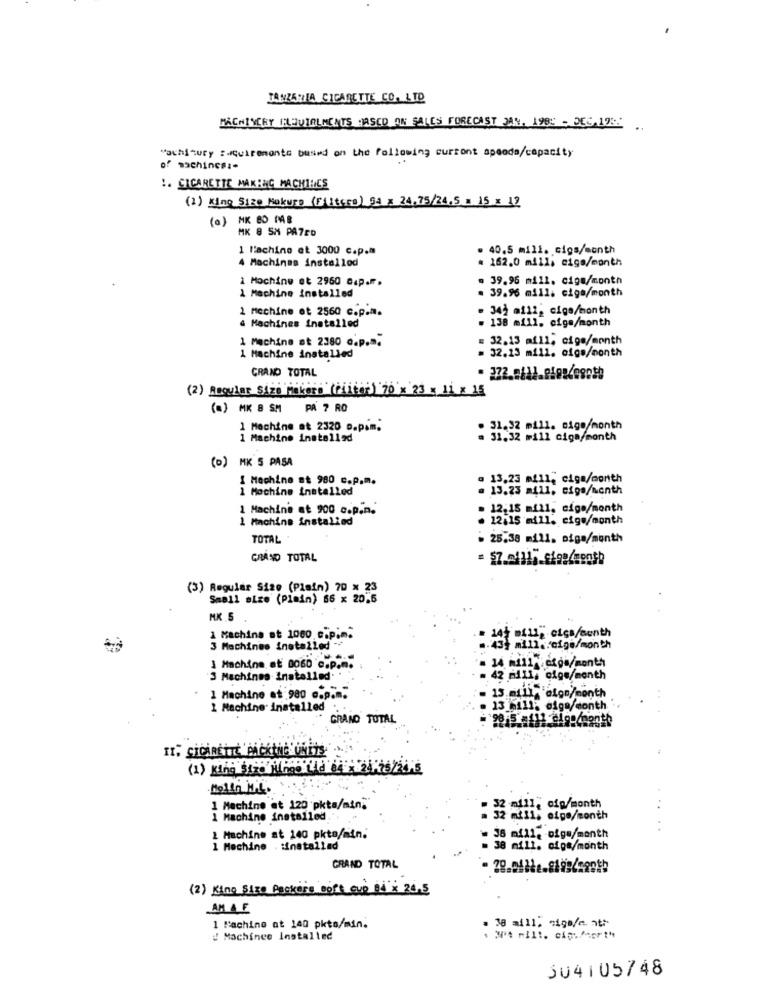
TANZANIA CIGARETTE CO. LTD
MACHINCEY ELQUIALIMENTS JASCD ON SALES FORECAST JAN. 1985 - DEC.19SE
Machinery : Quirements busind on the following current spends/capacity
of machines :-
!. CIGARETTE MAKING MACHINES
(2) King Size Makurs (Filters) 93 x 24,75/24.5 . 15 x 12
(a) MK BD MB
MK 8 SM PATED
1 Pachino et 3000 c.p.m
. 40,5 mill. cigs/month
= 162.0 mill, ciga/month
4 Machines installod
1 Mochine ot 2960 c.p.f.
. 39.96 mill. ciga/month
1 Machine installed
. 39.96 mill. ciga/month
1 Machine ot 2560 c.p.m.
- 342 mill, cigo/month
4 Machines Installed
- 138 mill. cige/month
1 Machine at 2380 o.p.m.
32.13 af11; cigs/month
1 Machine installed
- 32.13 mill. ofge/month
CRANO TOTAL
(2) Regular size Makers (Filter) 70 x 23 x 11 x 15
(a) MK 8 SM PA ? RO
1 Machine at 2320 D.p.m.
. 31.32 mill. sigo/month
1 Machine installed
. 31.32 mill ciga/month
(D) MK 5 PASA
I Machine at 980 c.p.m.
. 13,23 mill, ciga/month
1 Mochine installed
. 13.23 mill, ciga/month
1 Machine at 900 c.p.m.
12,15 mill, cigo/month
1 Machine installed
12:15 mill. cige/month
TOTAL
- 25,38 mill. oiga/month
GRAND TOTAL
(3) Regular Size (Pisin) 70 x 23
Small size (Plain) 66 x 20.5
MK 5
1 Machine at 1000 c.p.m.
Bill, cics/month
3 Machines installed ++
.23 mimc.elge/month
1 Machine af 0060 ℃.p.m.
3 Machines installed.
= 42 mill, olga/month
1 Machine at 980 c.p.m.
1 Machine installed ...
13 6111. 01ga/month
GRAND TOTAL
Molin M.&.
1 Machine at 120 pkto/min"
:52 MHH cfa/month
1 Machine installed
115 elge/month
1 Machine at 140 pkto/min.
. .
= 36 mi11. ofge/month
1 Machine . : installed
= 38 mill. ofpa/month
GRAND TOTAL
(2) King Size Packers ooff OUR DA × 24.5
AM AF
1 Fachino at 140 pkto/min.
= 38 ail1. sign/c. nth
! Machines Installed
304105748